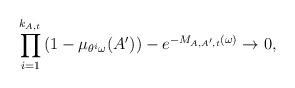
LaTeX: \begin{align*}\prod_{i=1}^{k_{A,t}}\left(1-\mu_{\theta^i\omega}(A')\right) - e^{-M_{A, A',t}(\omega)} \to 0,\end{align*}